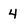
Character: 4